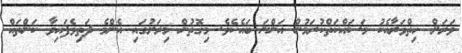
ވަރަށް ހިތްވަރާއެކު މަސައްކަތްކުރަމުން އަންނަ ބައެކެވެ. މިގޮތުން މިރަށުގައި އެންމެ ދަތިވެފައިވާ ކަންތައް